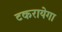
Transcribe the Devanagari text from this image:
टकरायेगा